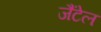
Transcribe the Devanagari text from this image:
जैंटेल